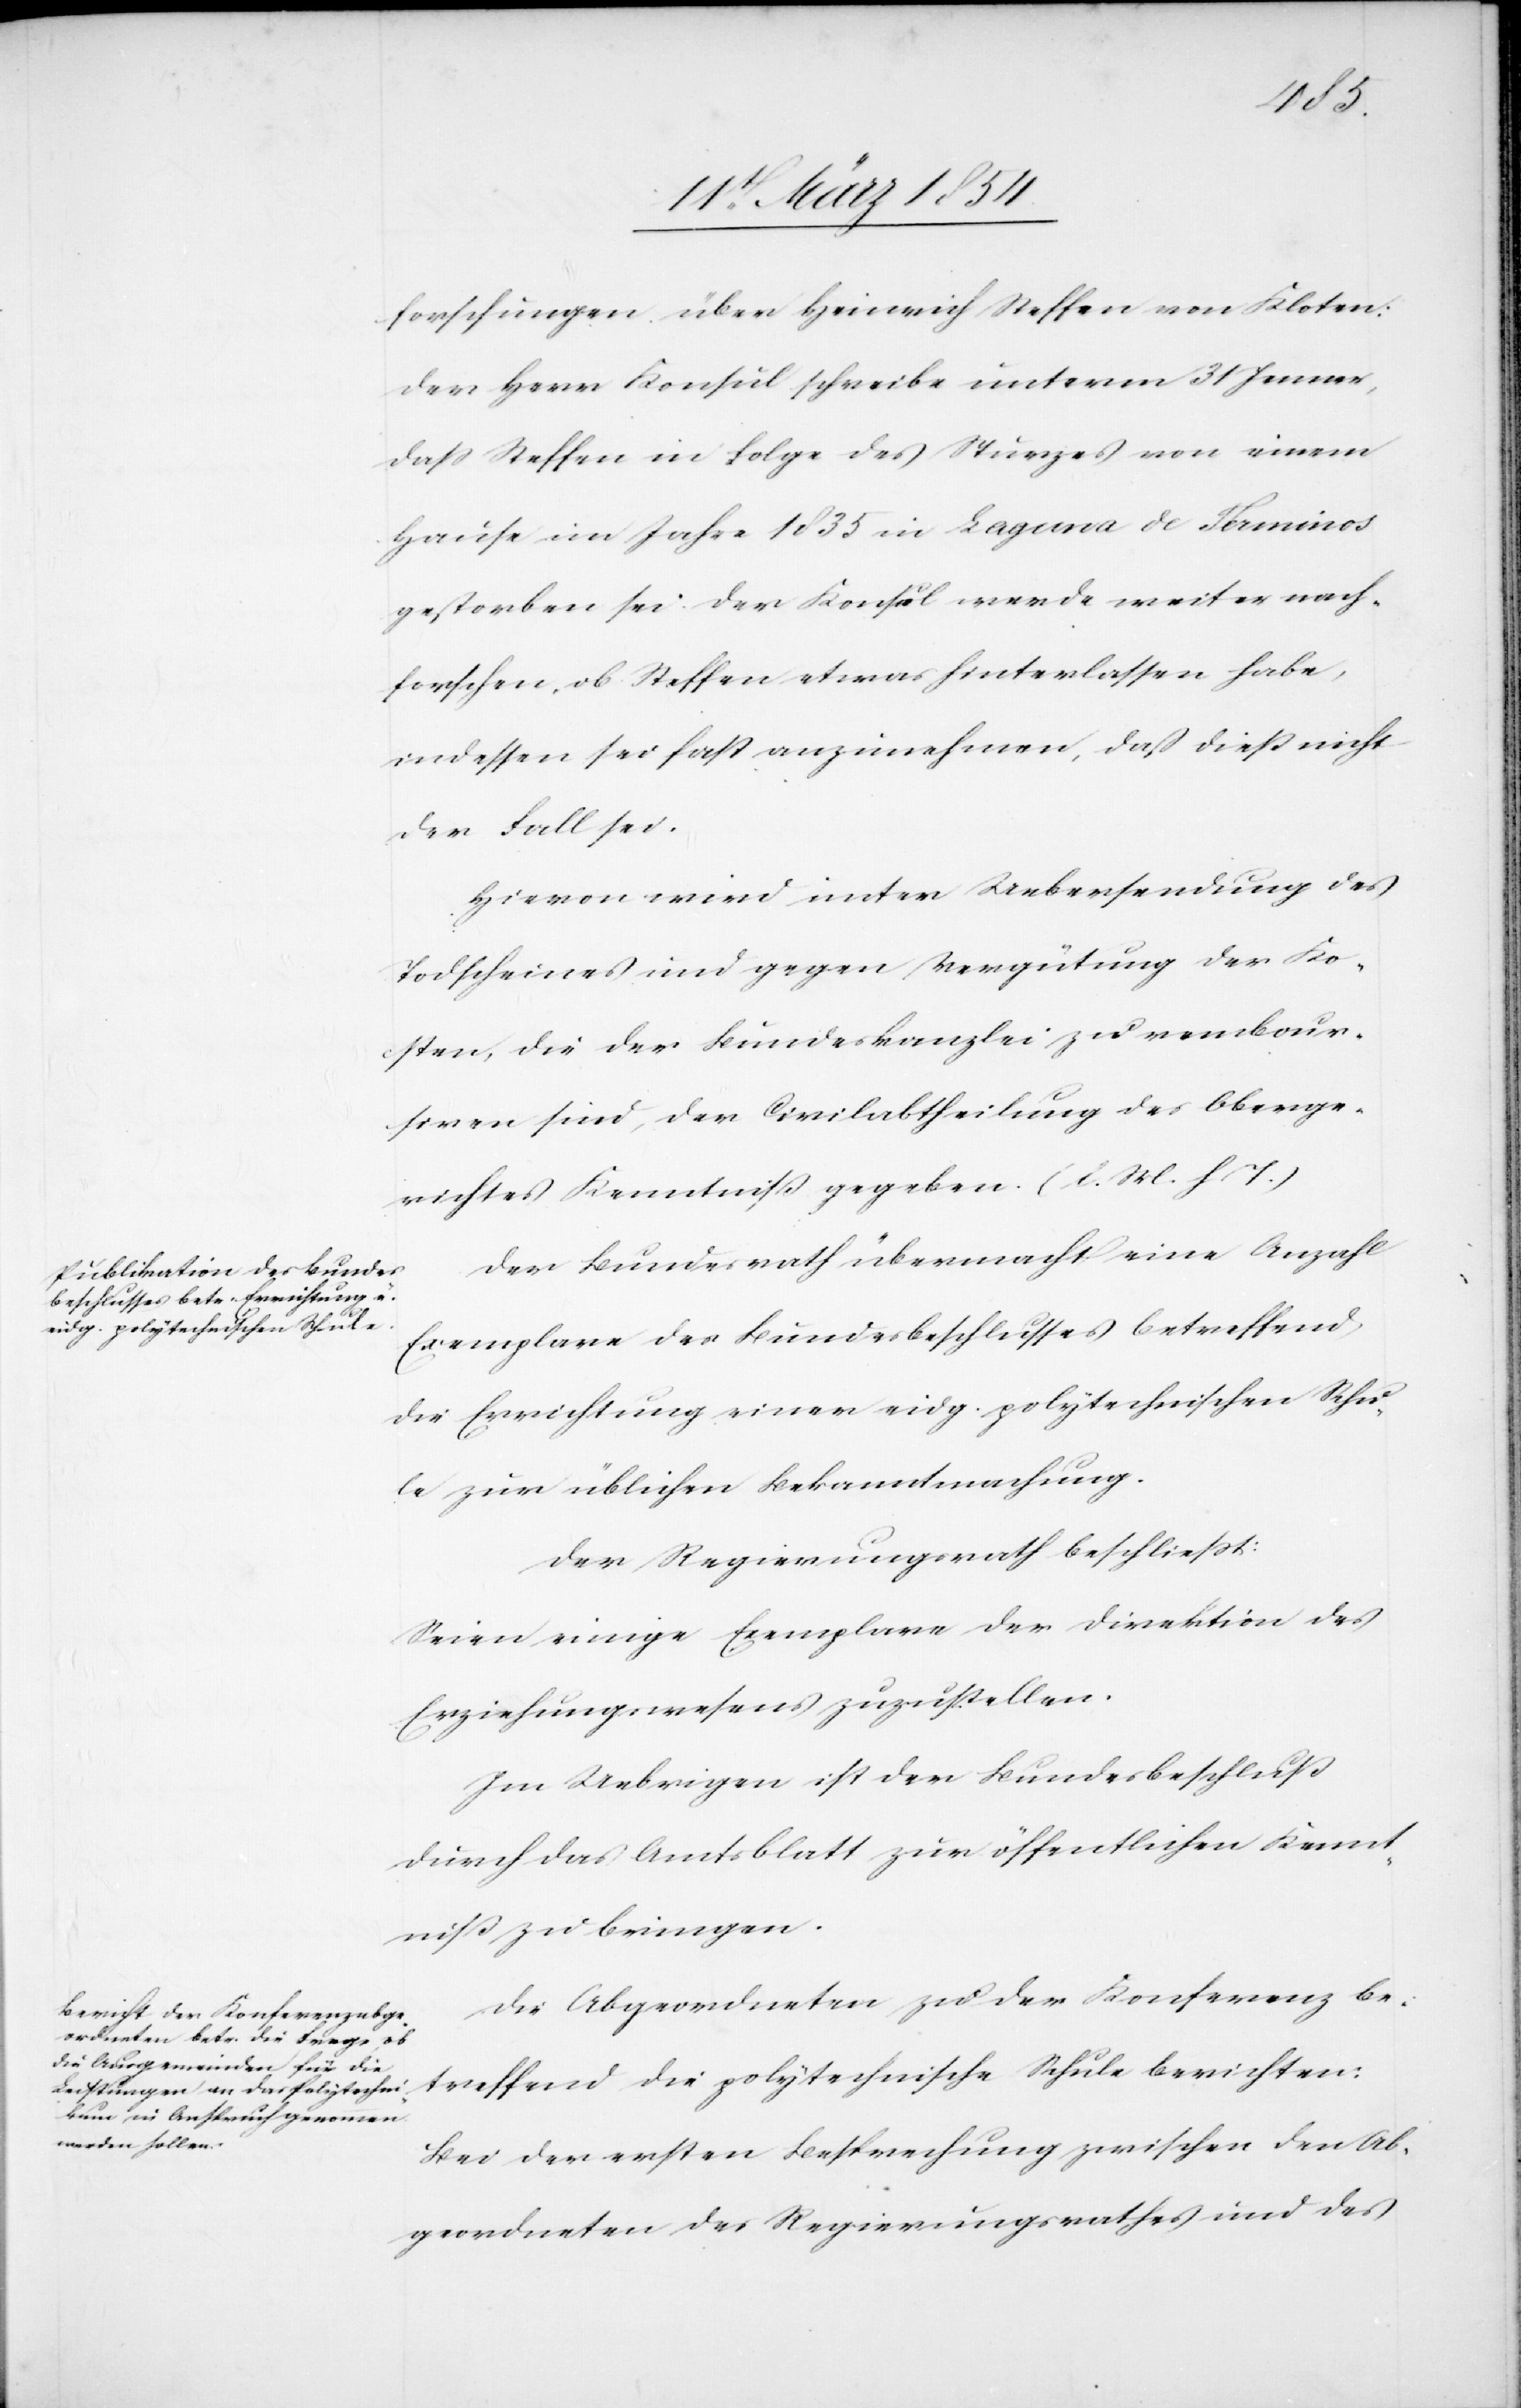
forschungen über Heinrich Steffen von Kloten:
Der Herr Konsul schreibe unterm 31 Jenner,
daß Steffen in Folge des Sturzes von einem
Hause im Jahre 1835 in Laguna de Terminos
gestorben sei. Der Konsul werde weiter nach¬
forschen, ob Steffen etwas hinterlassen habe,
indessen sei fast anzunehmen, daß dieß nicht
der Fall sei.
Hievon wird unter Uebersendung des
Todscheines und gegen Vergütung der Ko¬
sten, die der Bundeskanzlei zu rembour¬
siren sind, der Civilabtheilung des Oberge¬
richtes Kenntniß gegeben. (l. M. H. T.)
Der Bundesrath übermacht eine Anzahl
Exemplare des Bundesbeschlusses betreffend
die Errichtung einer eidg. polytechnischen Schu¬
le zur üblichen Bekanntmachung.
Der Regierungsrath beschließt:
Seien einige Exemplare der Direktion des
Erziehungswesens zuzustellen.
Im Uebrigen ist der Bundesbeschluß
durch das Amtsblatt zur öffentlichen Kennt¬
niß zu bringen.
Die Abgeordneten zu der Konferenz be¬
treffend die polytechnische Schule berichten:
Bei der ersten Besprechung zwischen den Ab¬
geordneten des Regierungsrathes und des